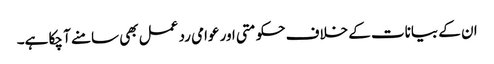
ان کے بیانات کے خلاف حکومتی اور عوامی رد عمل بھی سامنے آ چکا ہے۔